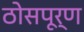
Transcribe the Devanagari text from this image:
ठोसपूर्ण